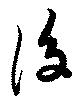
後